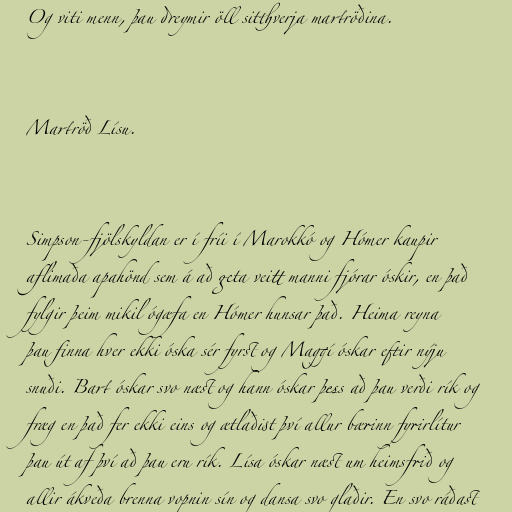
Og viti menn, þau dreymir öll sitthverja martröðina.

Martröð Lísu.

Simpson-fjölskyldan er í fríi í Marokkó og Hómer kaupir
aflimaða apahönd sem á að geta veitt manni fjórar óskir, en það
fylgir þeim mikil ógæfa en Hómer hunsar það. Heima reyna
þau finna hver ekki óska sér fyrst og Maggí óskar eftir nýju
snuði. Bart óskar svo næst og hann óskar þess að þau verði rík og
fræg en það fer ekki eins og ætlaðist því allur bærinn fyrirlítur
þau út af því að þau eru rík. Lísa óskar næst um heimsfrið og
allir ákveða brenna vopnin sín og dansa svo glaðir. En svo ráðast